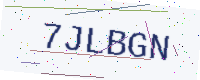
Text: 7JLBGN